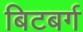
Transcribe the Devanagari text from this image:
बिटबर्ग